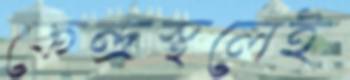
কেন্দ্রস্থলেই